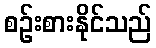
စဉ်းစားနိုင်သည်